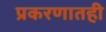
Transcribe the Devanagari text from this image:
प्रकरणातही